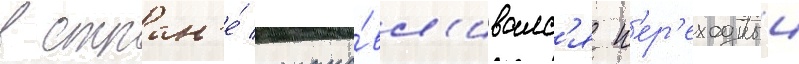
В стран'е́ устана́вл'ивалс'я п'ер'еходныи